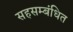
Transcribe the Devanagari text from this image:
सहसम्बंधित